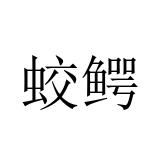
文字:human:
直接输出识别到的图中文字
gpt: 蛟鳄